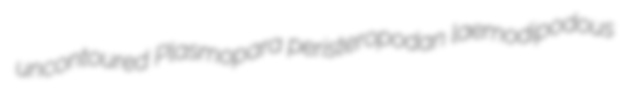
uncontoured Plasmopara peristeropodan laemodipodous